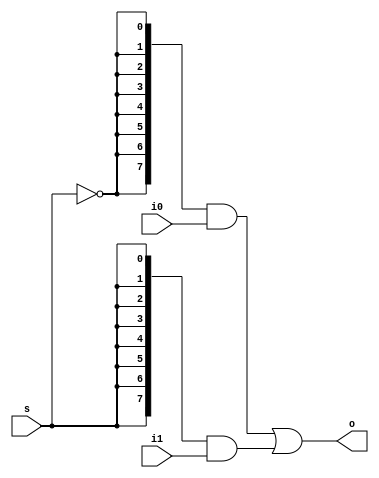
`timescale 1ns / 1ps
//////////////////////////////////////////////////////////////////////////////////
// Company: 
// Engineer: 
// 
// Design Name: 
// Module Name: mux
// Project Name: 
// Target Devices: 
// Tool Versions: 
// Description: 
// 
// Dependencies: 
// 
// Revision:
// Revision 0.01 - File Created
// Additional Comments:
// 
//////////////////////////////////////////////////////////////////////////////////


module mux(
    input [7:0] i0,
    input [7:0] i1,
    input s,
    output [7:0] o
    );
    assign o = {8{~s}}&i0 | {8{s}}&i1 ;
endmodule